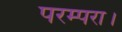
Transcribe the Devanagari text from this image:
परम्परा।